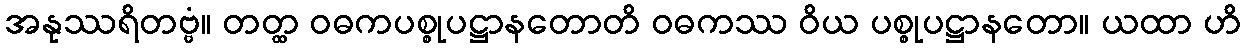
အနုဿရိတဗ္ဗံ။ တတ္ထ ဝဓကပစ္စုပဋ္ဌာနတောတိ ဝဓကဿ ဝိယ ပစ္စုပဋ္ဌာနတော။ ယထာ ဟိ